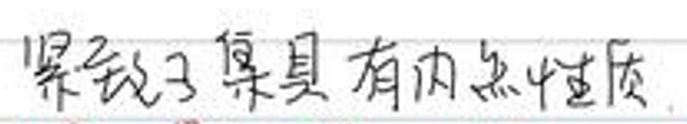
紧致子集具有内禀性质.